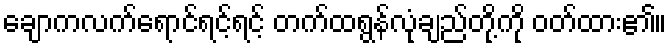
ချောကလက်ရောင်ရင့်ရင့် တက်ထရွန်လုံချည်တို့ကို ဝတ်ထား၏။